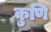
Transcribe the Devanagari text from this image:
कुणि